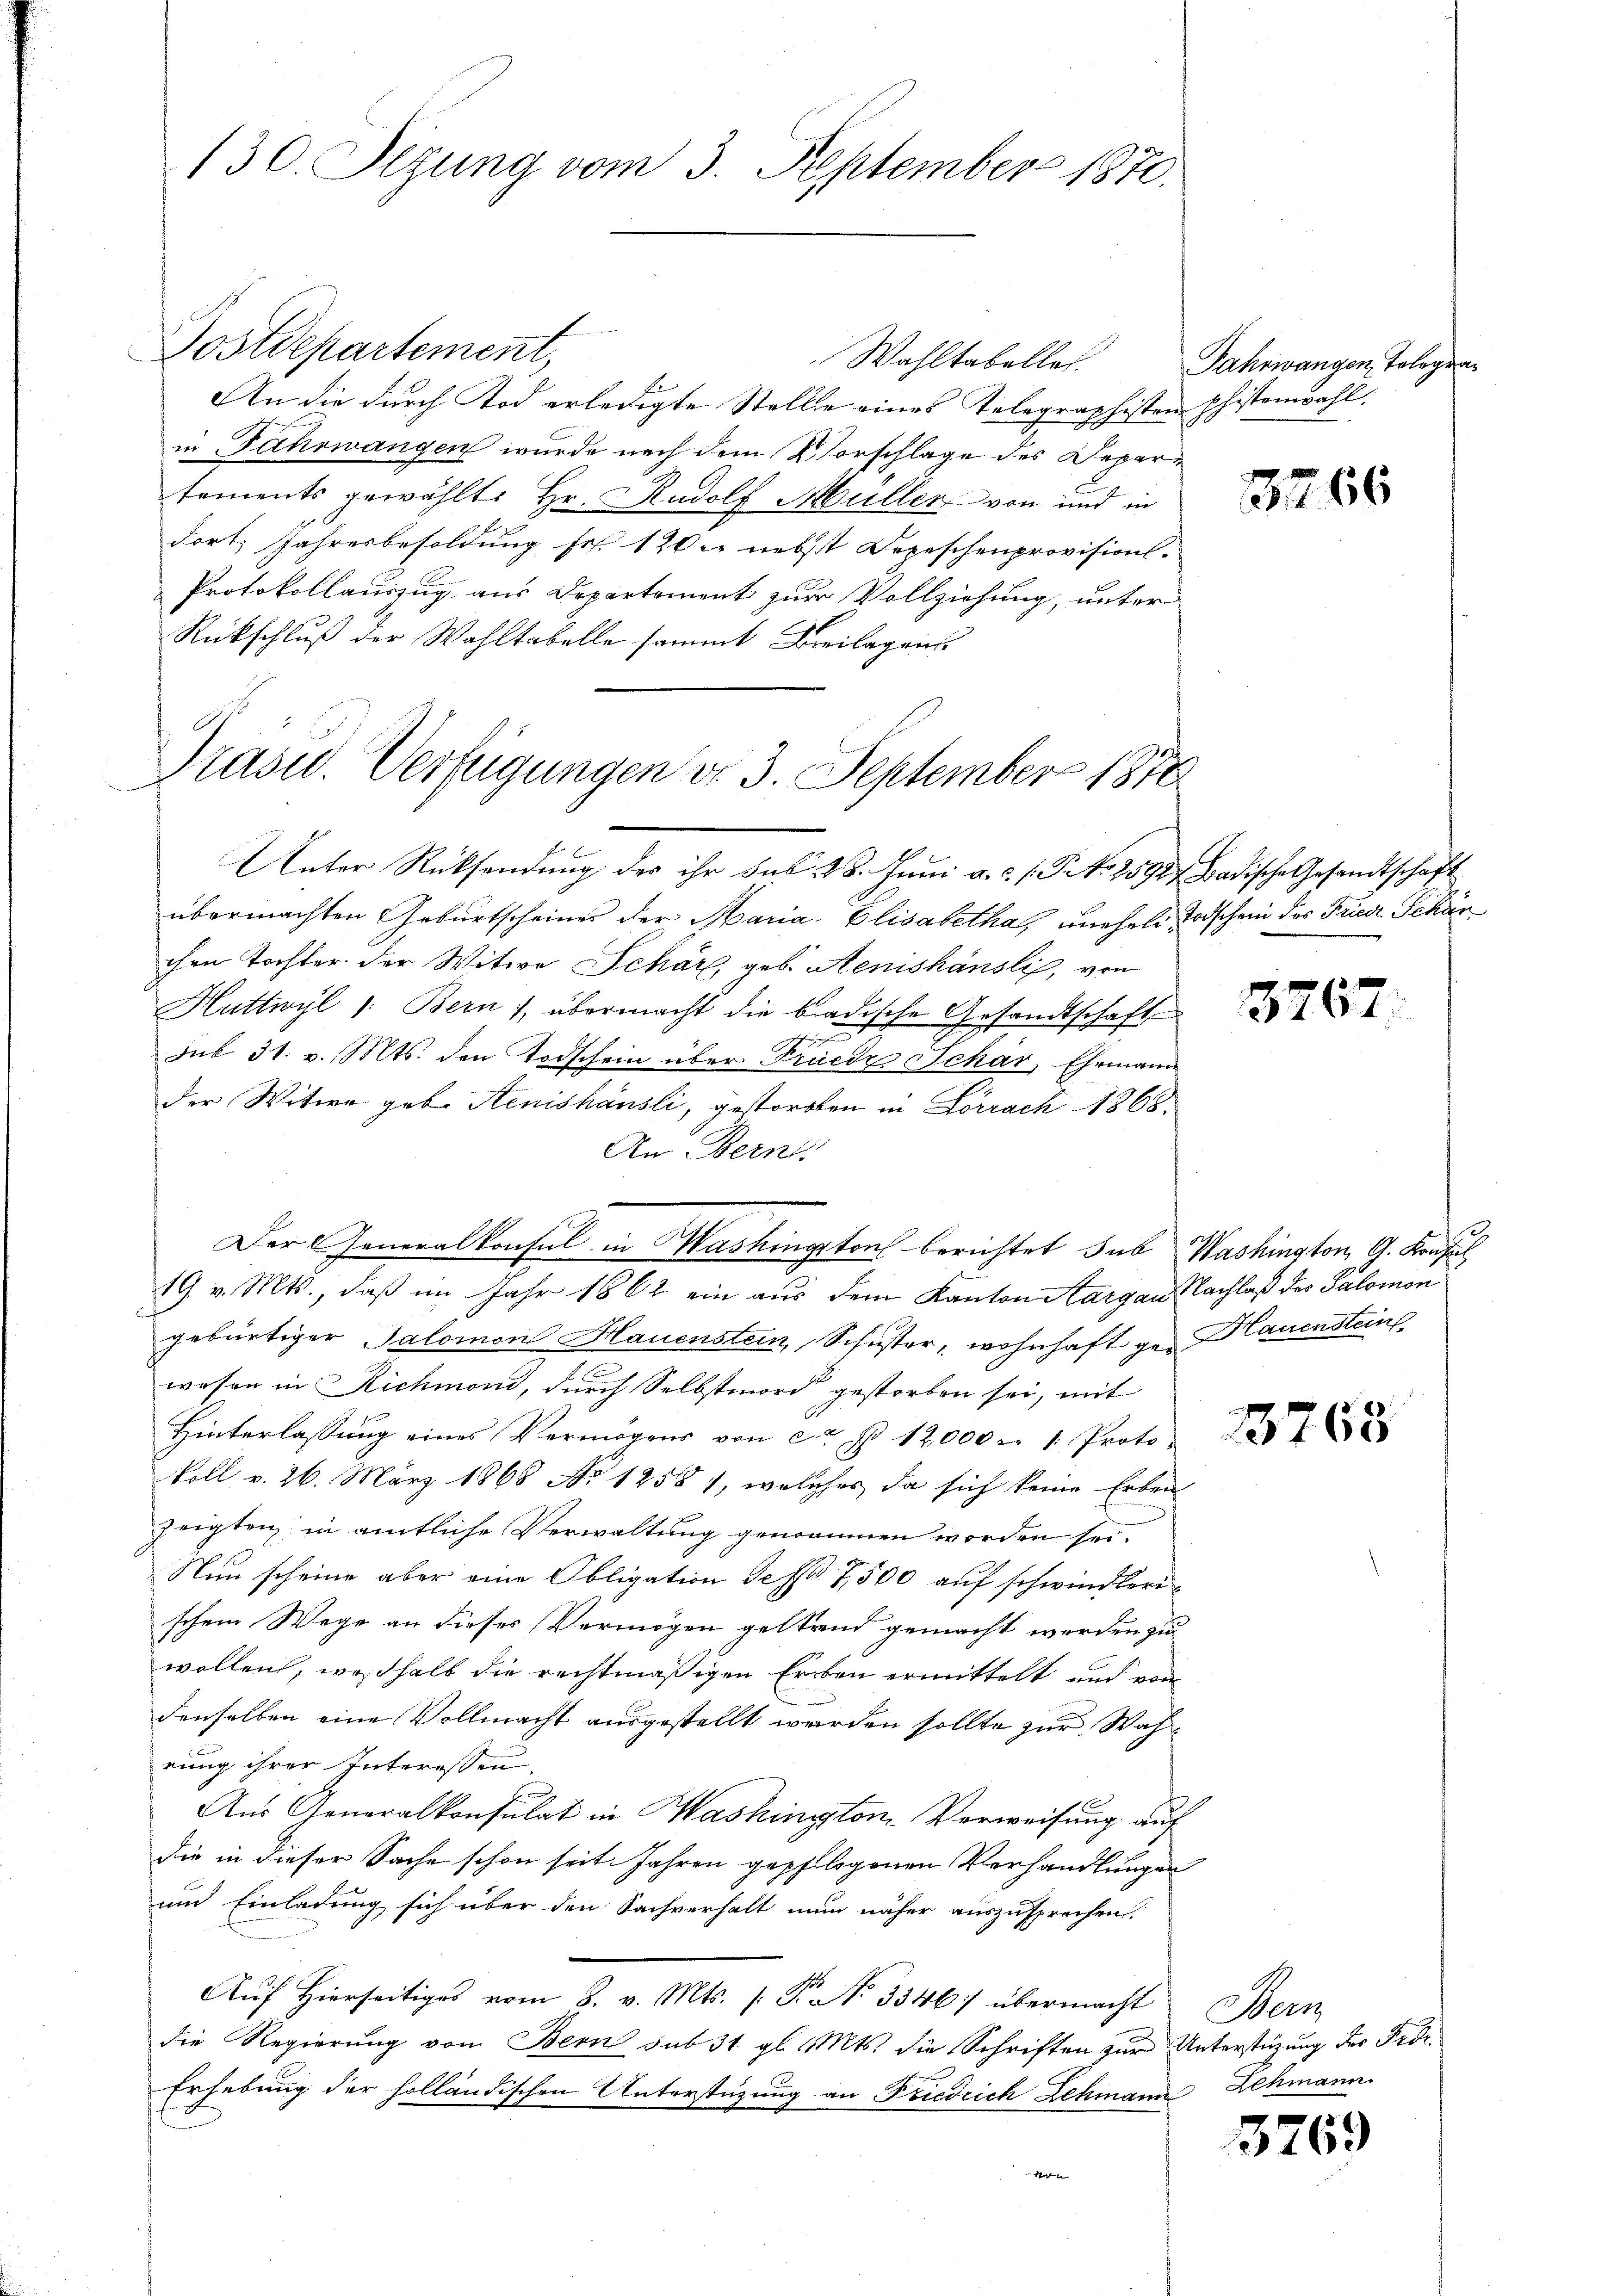
130. Sezung vom 3. September 1870.

Wahltabelles.
An die durch Tod erledigte Stelle eines Telegraphisten phistonwahl.
in Fahrwangen wurde nach dem Vorschlage des Departements gewählt: Hr. Rudolf Müller von und in
dort Jahresbesoldung fr. 120 nebst Depeschenprovision.
Protokollauszug aus Departement zur Vollziehung, unter
Rückschluß der Wahltabelle sammt Beilagens

Postdepartement,

Präsid. Verfügungen d. 3. September 1870

Der Generalkonsul in Washingestorf berichtet sub Washington G. Konsul

Unter Rücksendung der ihr das 228. Juni a.c. s. S. No 2592, Badische Gesandtschaft
übermachten Geburtscheines der Maria Elisabethal unehele Todschein des Friedr. Schön
chen Tochter der Witwe Schar, geb. Aenishäusli, von
Huttwyl 1: Bern), übermacht die badische Gesandtschaft
sub 31. v. Mts. den Todschein über Friedr Schar, Ehemann
der Witwe geb. Renishausli, gestorten in Lörrach 1868.
An Bern
19. v. Mts., daß im Jahr 1862 ein aus dem Kanton Aargau Nachlaß des Salomon
gebürtiger Salomon Hauenstein, Schuster, wohnhaft ge- Hauensteine
wesen in Richmond, durch Selbstmord gestorben sei, mit
Hinterlassŭng eines Vermögens von ca Fr. 12000 n 1. Proto
koll v. 26. März 1866 No 1258), welches da sich keine Erben
zeigten in amtliche Verwaltung genommen worden sei.
Nun scheine aber eine Obligation de sa 7,500 auf schwindlerischem Wege an dieses Vermögen gestand gemacht werden zu
wollen, weßhalb die rechtmäßigen Erben ermittelt und von
denselben eine Vollmacht ausgestellt werden sollte zur Wahrung ihrer Interessen
E
Aus Generalkonsulat in Mashington Verweisung auf
die in dieser Sache schon seit Jahren gepflogenen Verhandlungen
und Einladung sich über den Sachverhalt nun näher auszusprechen.
Aŭf Hierseitiges vom 8. v. Mts. (T. No 3346; übermacht Bern
die Regierung von Bern sub 31. gl. Mts. die Schriften zur Unterstüzung der Forde
Erhebung der holländischen Unterstüzung an Friedrich Lehmann Lehmann
h

Fahrwangen, Telegra¬

3266

3767.

3769